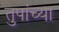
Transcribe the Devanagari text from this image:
तुपांच्या